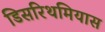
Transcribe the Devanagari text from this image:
डिसरिथमियास